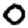
Digit: 0